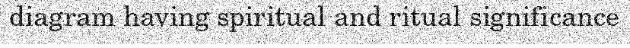
diagram having spiritual and ritual significance